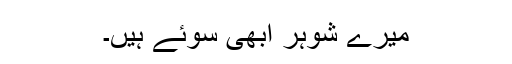
میرے شوہر ابھی سوئے ہیں۔